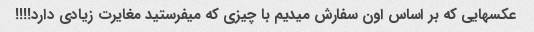
عکسهایی که بر اساس اون سفارش میدیم با چیزی که میفرستید مغایرت زیادی دارد!!!!